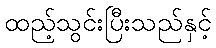
ထည့်သွင်းပြီးသည်နှင့်